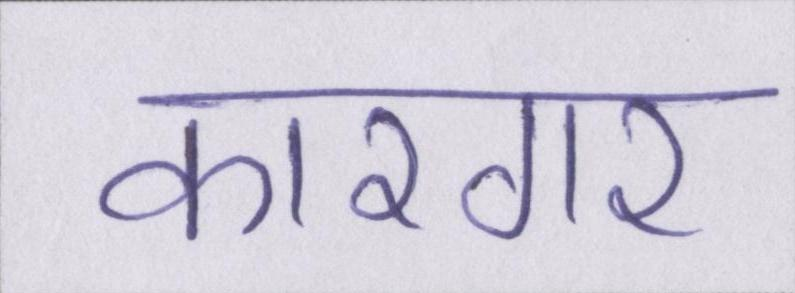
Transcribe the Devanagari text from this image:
कारगर